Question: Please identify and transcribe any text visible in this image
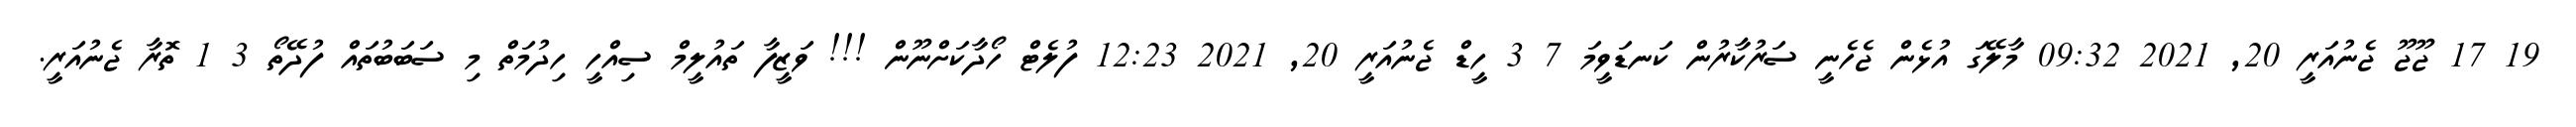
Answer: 19 17 ޖޫޖޫ ޖެނުއަރީ 20, 2021 09:32 މާލޭގަ އުޅެން ޖެހެނީ ސަރުކާރުން ކަނޑަވީމަ 7 3 ހީޑް ޖެނުއަރީ 20, 2021 12:23 ފުލެޓް ހޯދާކަށްނޫން !!! ވަޒީފާ ތައުލީމް ސިއްހީ ހިދުމަތް މި ސަބަބުތައް ފުދޭތޯ 3 1 ތޮރާ ޖެނުއަރީ.